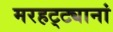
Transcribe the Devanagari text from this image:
मरहट्ट्यानां